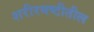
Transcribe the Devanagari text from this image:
शरीरयष्टीतील